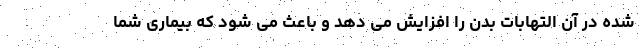
شده در آن التهابات بدن را افزایش می دهد و باعث می شود که بیماری شما